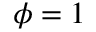
\phi = 1